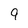
Character: 9